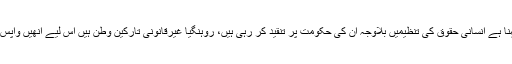
کرن ریجیجو کا کہنا ہے انسانی حقوق کی تنظیمیں بلاوجہ ان کی حکومت پر تنقید کر رہی ہیں، روہنگیا غیرقانونی تارکین وطن ہیں اس لیے انھیں واپس بھیجا جانا چاہیے۔